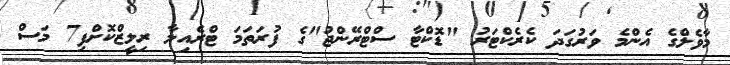
މާވެލްގެ އެންމެ ވަރުގަދަ ކެރެކްޓަރު "ޑޮކްޓާ ސްޓްރޭންޖު"ގެ ފުރަތަމަ ޓްރެއިލާ ރިލީޒްކޮށްފި7 މަސް